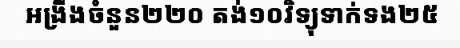
អង្រឹងចំនួន២២០ តង់១០វិទ្យុទាក់ទង២៥